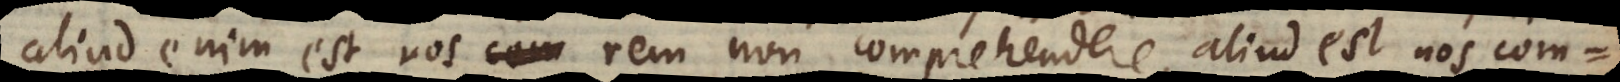
aliud enim est nos rem non comprehendere, aliud est nos com